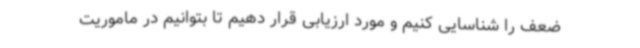
ضعف را شناسایی کنیم و مورد ارزیابی قرار دهیم تا بتوانیم در ماموریت